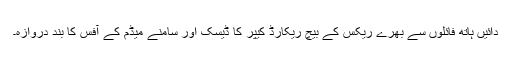
دائیں ہاتھ فائلوں سے بھرے ریکس کے بیچ ریکارڈ کیپر کا ڈیسک اور سامنے میڈم کے آفس کا بند دروازہ۔